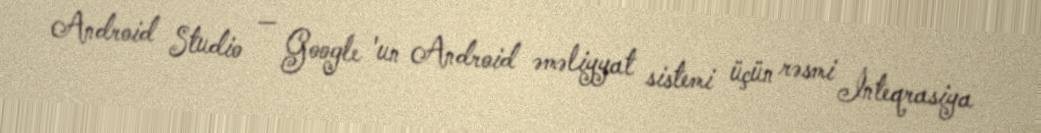
Android Studio — Google 'un Android əməliyyat sistemi üçün rəsmi İnteqrasiya